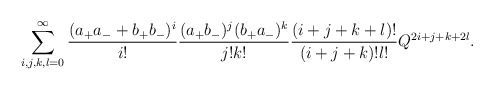
\begin{align*}\sum_{i,j,k,l=0}^\infty \frac{(a_+a_-+b_+b_-)^i}{i!} \frac{(a_+b_-)^j(b_+a_-)^k}{j!k!} \frac{(i+j+k+l)!}{(i+j+k)!l!}Q^{2i+j+k+2l}. \end{align*}